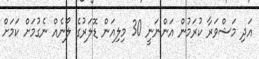
އަދި މަޝްވަރާ ކުރަމުން އަންނަނީ 30 މިލިއަން ޑޮލަރުގެ ލޯނެއް ނެގުމަށް ކަމަށް